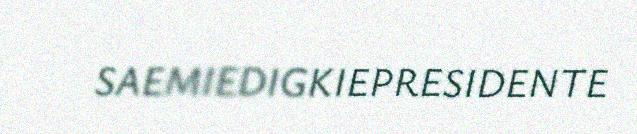
SAEMIEDIGKIEPRESIDENTE